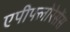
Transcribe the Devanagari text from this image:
एपीफ्लोरेसेंस